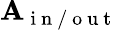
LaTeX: \mathbf{A}_{\mathrm{{~i~n~/~o~u~t~}}}